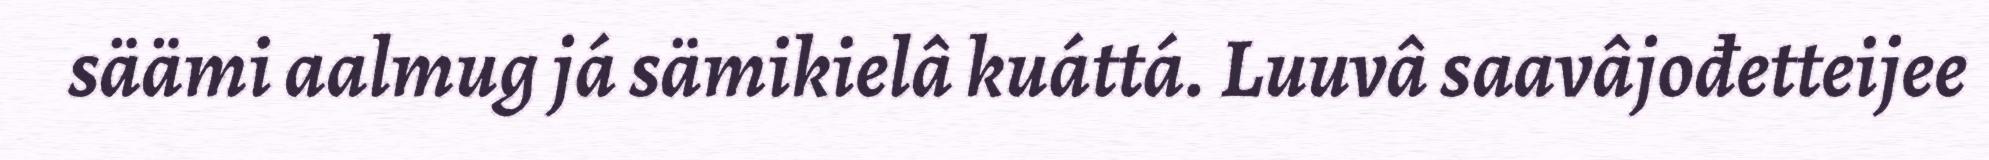
säämi aalmug já sämikielâ kuáttá. Luuvâ saavâjođetteijee